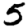
Digit: 5